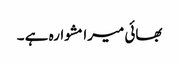
بھائی میرا مشوارہ ہے ۔